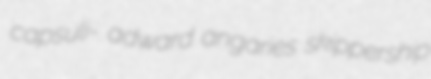
capsuli- adward angaries skippership